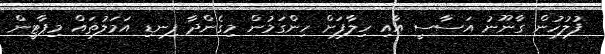
ފުލުހުން ގާނޫނު އަސާސީ އާއި ހިލާފަށް ހިންގަމުން މިގެންދާ ފިނޑި އަމަލުތައް މިޕާޓީން